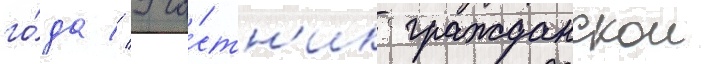
го́да // Уча́стн'ик гражданскои